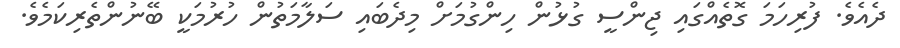
ދެއެވެ. ފުރިހަމަ ގޮތެއްގައި ޖިންސީ ގުޅުން ހިންގުމަށް މިދެބައި ސަލާމަތުން ހުރުމަކީ ބޭނުންތެރިކަމެވެ.